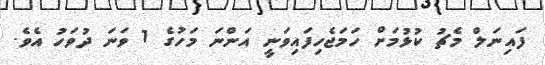
ފައިނަލް މެޗު ކުޅުމަށް ހަމަޖެހިފައިވަނީ އަންނަ މަހުގެ 1 ވަނަ ދުވަހު އެވެ.